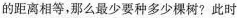
的距离相等。那么最少要种多少棵树?此时